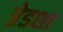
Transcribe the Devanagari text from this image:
ब्रेडशा